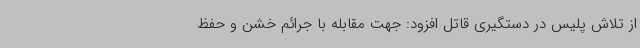
از تلاش پلیس در دستگیری قاتل افزود: جهت مقابله با جرائم خشن و حفظ